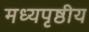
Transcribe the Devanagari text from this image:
मध्यपृष्ठीय